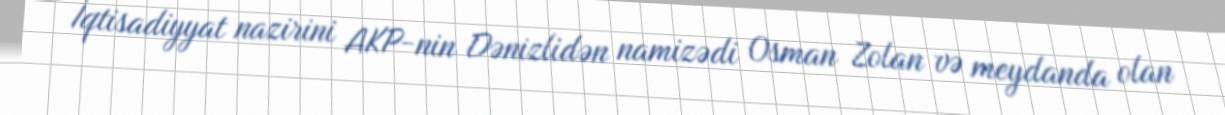
İqtisadiyyat nazirini AKP-nin Dənizlidən namizədi Osman Zolan və meydanda olan